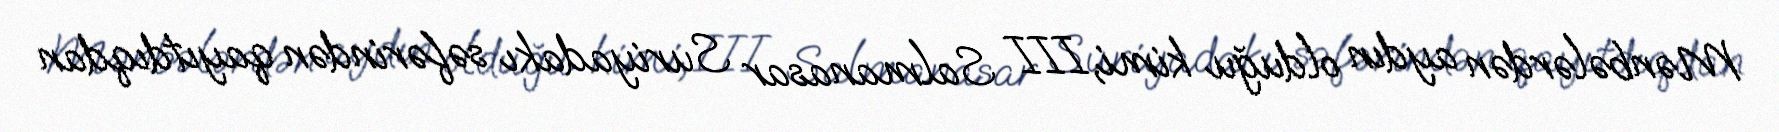
Mənbələrdən aydın olduğu kimi, III Salmanasar Suriyadakı səfərindən qayıtdıqdan